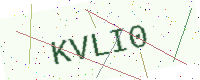
Text: KVLI0